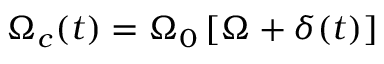
\boldsymbol { \Omega } _ { c } ( t ) = \Omega _ { 0 } \, [ \boldsymbol { \Omega } + \boldsymbol { \delta } ( t ) ]